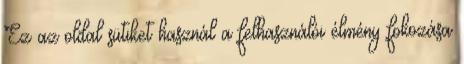
Ez az oldal sütiket használ a felhasználói élmény fokozása